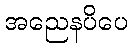
အညေနပိပေ